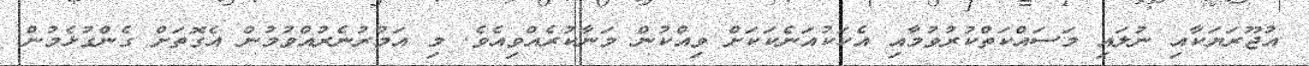
އުޖޫރަޔަކާއި ނުލައި މަސައްކަތްކުރުވުމާއި އެކަކުއަނެކަކަށް ވިއްކުން މަނާކުރެއްވިއެވެ. މި އަމުރުނެރުއްވުމުން އެގޮތަށް ގެންގުޅެމުން